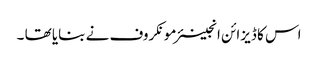
اس کا ڈیزائن انجینئر مونکروف نے بنایا تھا ۔